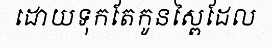
ដោយទុកតែកូនស្ពៃដែល